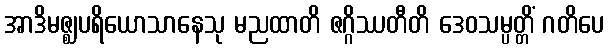
အာဒိမဇ္ဈပရိယောသာနေသု မညထာတိ ဇဂ္ဂိဿတီတိ ဒေဝသမ္ပတ္တိံ ဂတိပေ